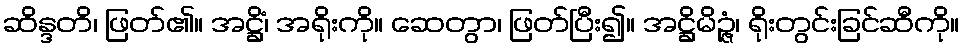
ဆိန္ဒတိ၊ ဖြတ်၏။ အဋ္ဌိံ၊ အရိုးကို။ ဆေတွာ၊ ဖြတ်ပြီး၍။ အဋ္ဌိမိဉ္ဇံ၊ ရိုးတွင်းခြင်ဆီကို။